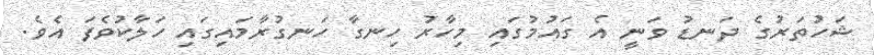
ޝަހުތަރުގެ ދަނޑު ވަނީ އެ ގައުމުގައި މިހާރު ހިނގާ ހަނގުރާމައިގައި ހަލާކުވެފަ އެވެ.